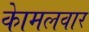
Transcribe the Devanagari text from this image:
काेमलवार